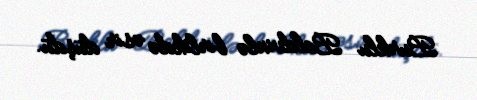
Burklu Baldvinlə birlikdə əsir düşdü.